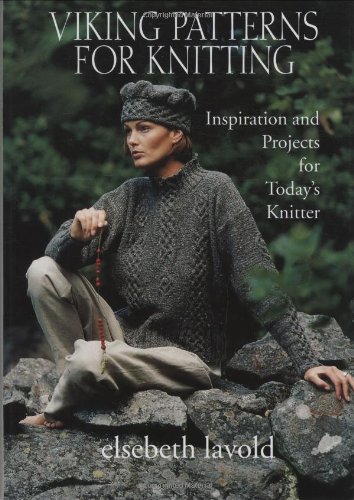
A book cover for Viking Patterns for Knitting: Inspiration and Projects for Today's Knitter; Elsebeth Lavold; Crafts, Hobbies & Home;